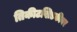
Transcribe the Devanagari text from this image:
तिकीटखिडकीवर